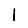
Digit: 1